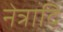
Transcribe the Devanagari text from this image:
नेत्रादि